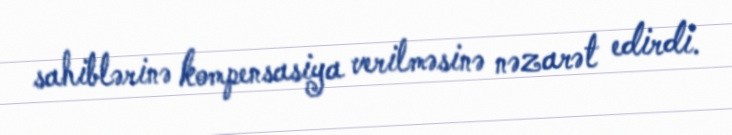
sahiblərinə kompensasiya verilməsinə nəzarət edirdi.